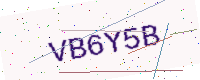
Text: VB6Y5B